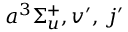
a ^ { 3 } \Sigma _ { u } ^ { + } , v ^ { \prime } , \, j ^ { \prime }